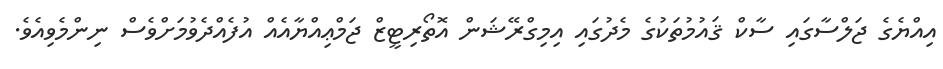
އިއްޔެގެ ޖަލްސާގައި ސާކް ޤައުމުތަކުގެ މެދުގައި އިމިގްރޭޝަން އޮތޯރިޓީޒް ޖަމްޢިއްޔާއެއް އުފެއްދެވުމަށްވެސް ނިންމެވިއެވެ.